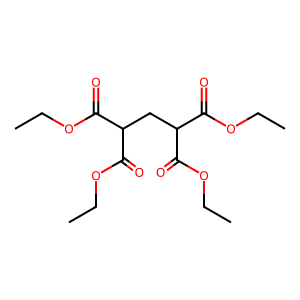
SMILES: CCOC(=O)C(CC(C(=O)OCC)C(=O)OCC)C(=O)OCC
Inhibits HIV replication: No